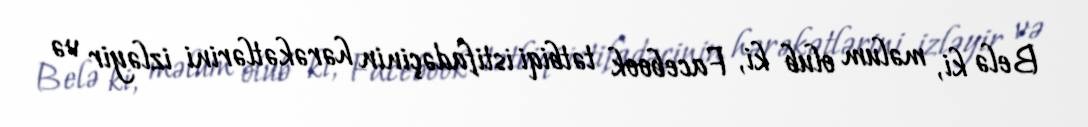
Belə ki, məlum olub ki, Facebook tətbiqi istifadəçinin hərəkətlərini izləyir və